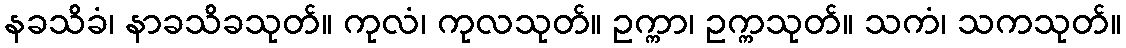
နခသိခံ၊ နာခသိခသုတ်။ ကုလံ၊ ကုလသုတ်။ ဥက္ကာ၊ ဥက္ကသုတ်။ သကံ၊ သကသုတ်။